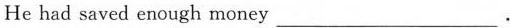
He had saved enough money ___